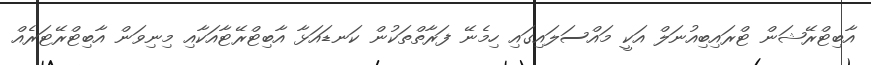
އާބިޓްރޭޝަން ޓްރައިބިއުނަލް އަކީ މައްސަލައިގައި ހިމެނޭ ފަރާތްތަކުން ކަނޑައަޅާ އާބިޓްރޭޓާއަކާއި މިނިވަން އާބިޓްރޭޓަރެއް